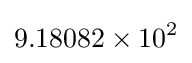
9.18082\times 10^{2}